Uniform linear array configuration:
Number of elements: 4
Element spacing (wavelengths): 1
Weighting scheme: kaiser
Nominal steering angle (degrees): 45
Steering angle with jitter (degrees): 44.342
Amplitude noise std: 0.05
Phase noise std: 0.05

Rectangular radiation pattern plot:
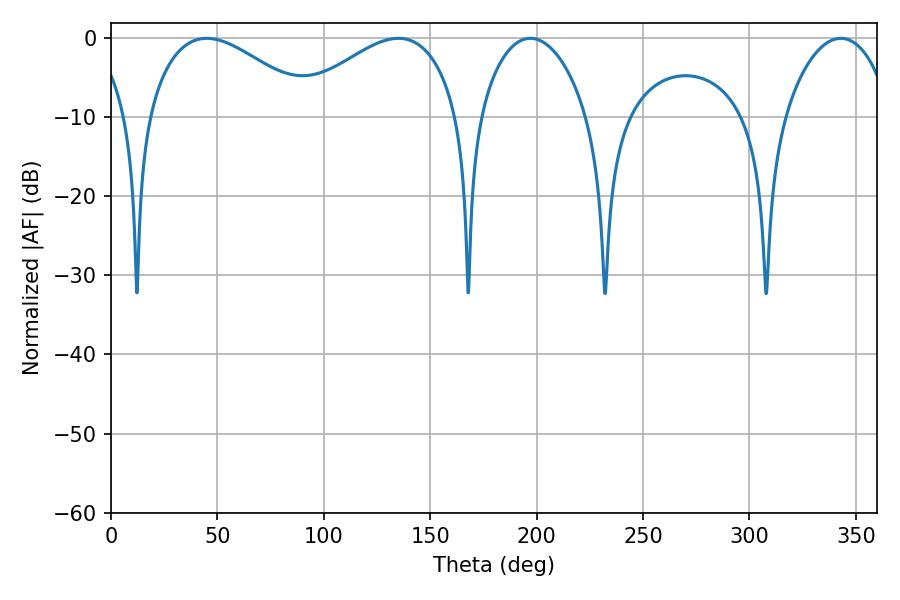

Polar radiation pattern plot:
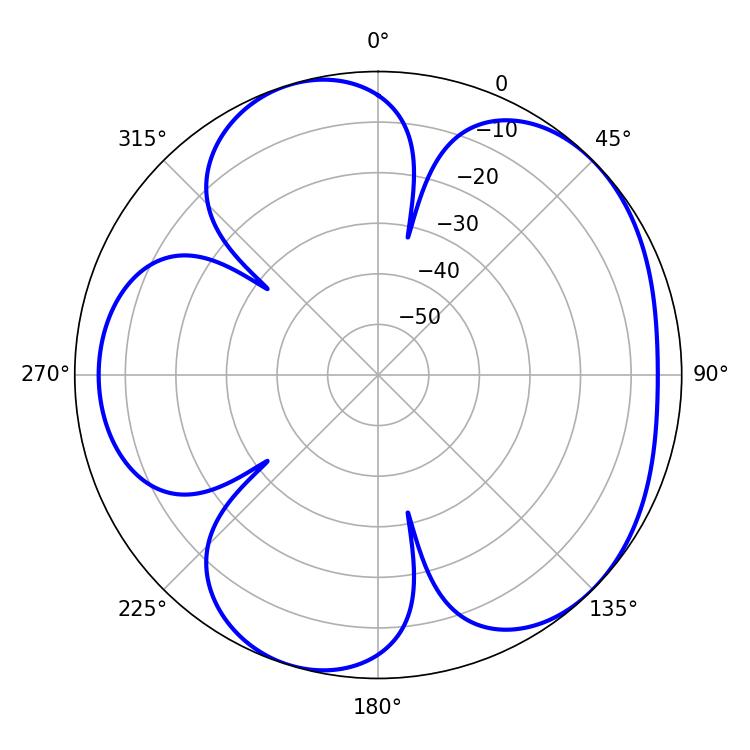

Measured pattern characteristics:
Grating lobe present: TRUE
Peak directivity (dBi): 5.004
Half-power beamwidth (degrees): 42.84
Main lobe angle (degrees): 45